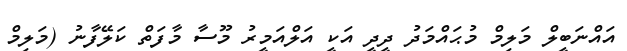
އައްނަބީލް މަލިމް މުޙައްމަދު ދީދީ އަކީ އަލްއަމީރު މޫސާ މާފަތް ކަލޭފާނު (މަލިމް